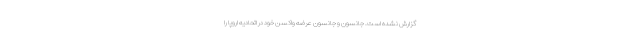
گزارش نشده است. جانسون و جانسون عرضه واکسن خود در اتحادیه اروپا را